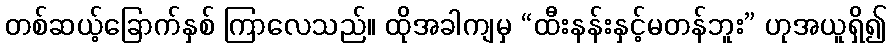
တစ်ဆယ့်ခြောက်နှစ် ကြာလေသည်။ ထိုအခါကျမှ “ထီးနန်းနှင့်မတန်ဘူး” ဟုအယူရှိ၍